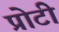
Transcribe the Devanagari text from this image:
प्रोटी